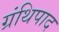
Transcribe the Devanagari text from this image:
ग्रंथिपाद